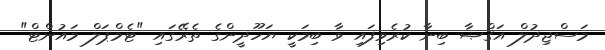
މަސްޖިދުލް އަޤްޞާ ބިނާ ކުރެވިފައި ވާ ބިމަކީ ޔަހޫދީންގެ ތެރޭގައި "ޓެމްޕަލް މައުންޓް"